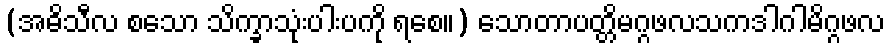
(အဓိသီလ စသော သိက္ခာသုံးပါးပကို ရစေ။) သောတာပတ္တိမဂ္ဂဖလသကဒါဂါမိဂ္ဂဖလ